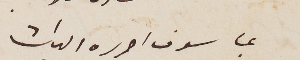
بما سوف احرره اليك